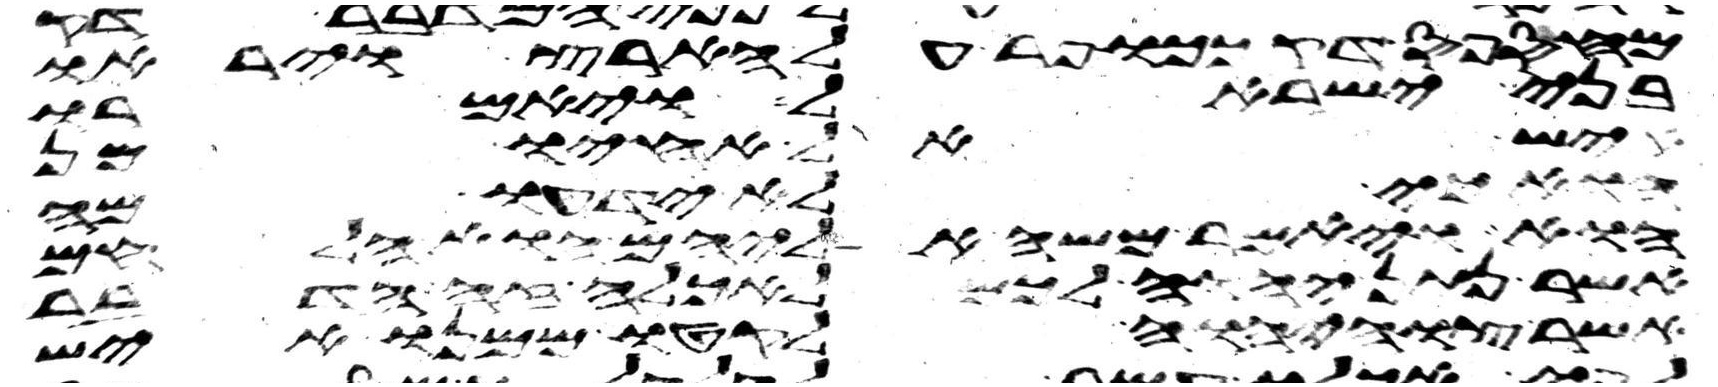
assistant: מחספס דק ככופר על הארץ ויראו
בני ישראל ויאמרו
איש אל אחיו מן
הוא כי לא ידעו מה
הוא ויאמר משה אליהם הוא הלחם
אשר נתן יהוה לכם לאכלה זה הדבר
אשר צוה יהוה לקטו ממנו איש